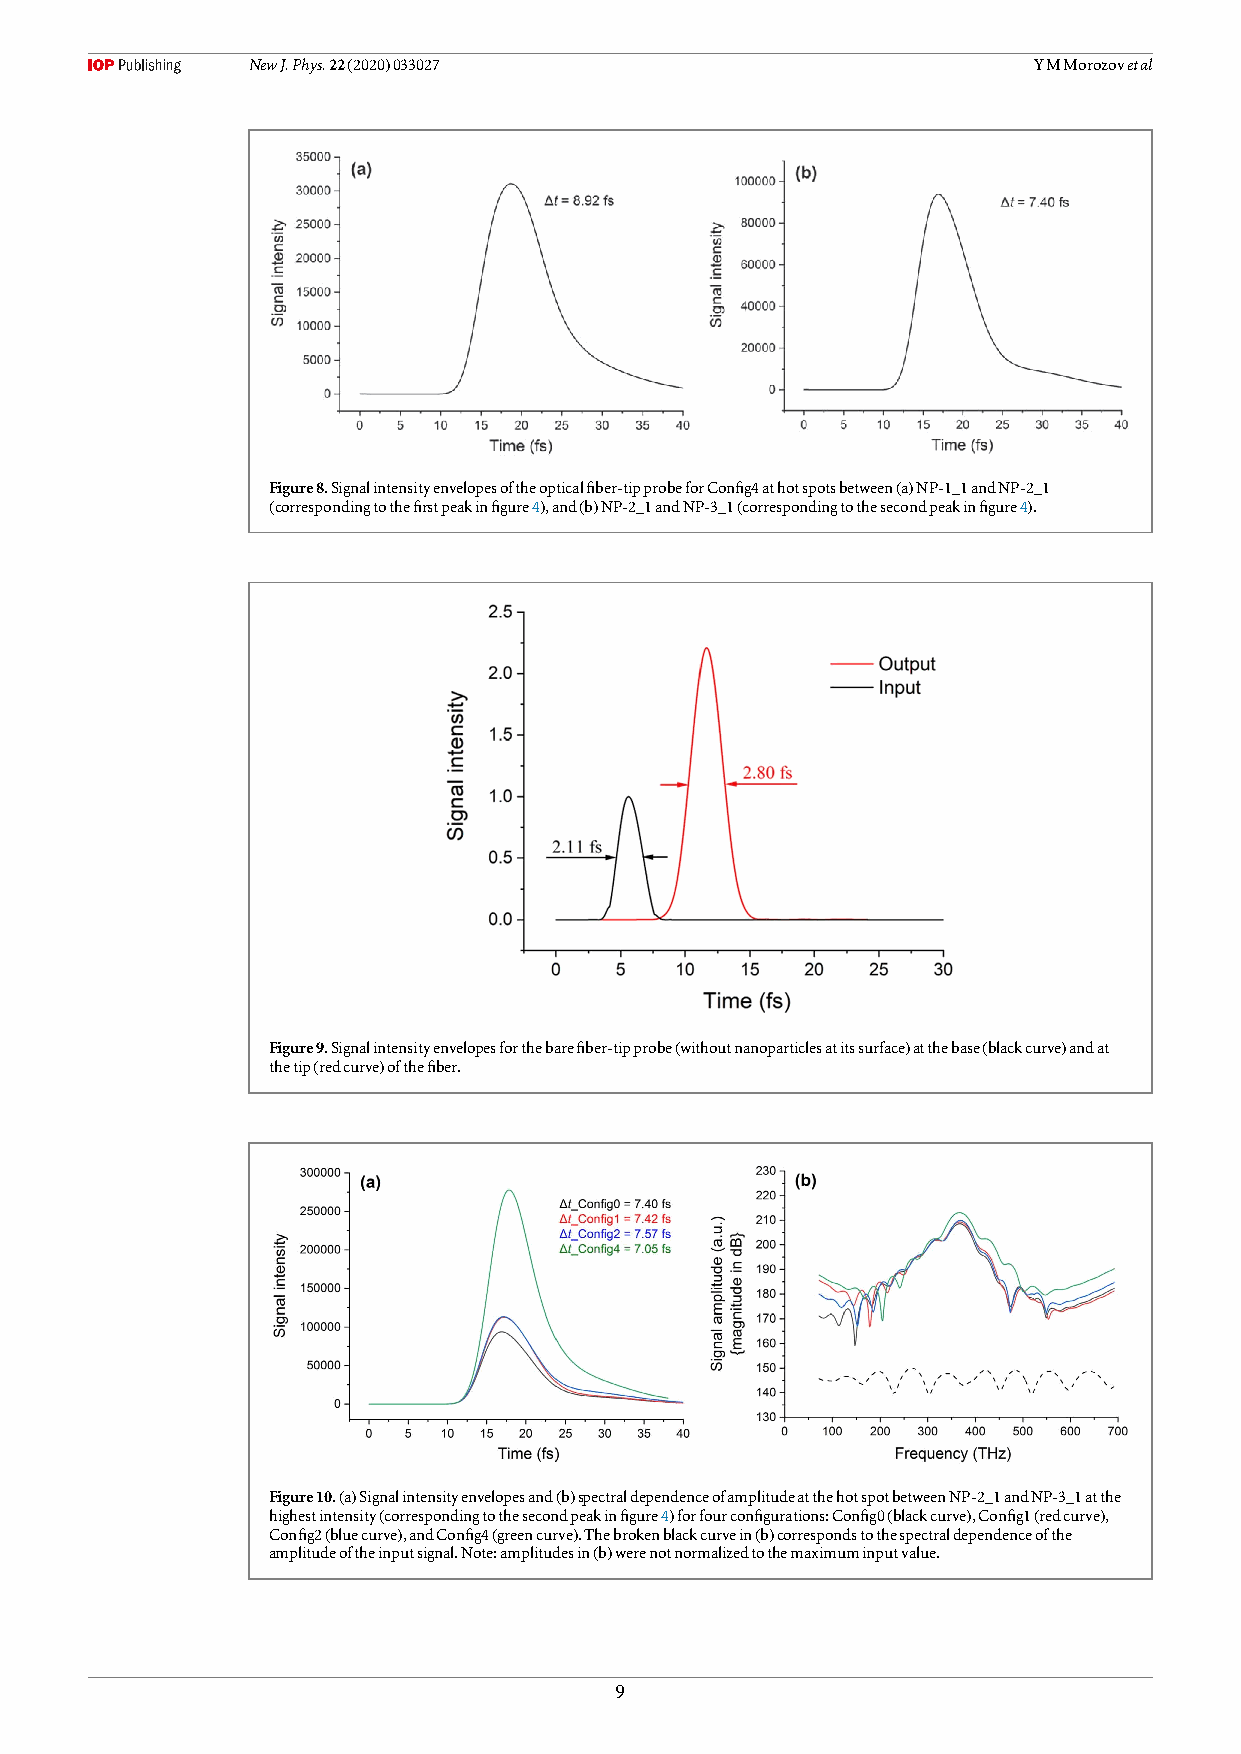
NewJ.Phys.22(2020)033027                            YMMorozovetal
 Figure8.Signalintensityenvelopesoftheopticalfiber-tipprobeforConfig4athotspotsbetween(a)NP-1_1andNP-2_1
 (correspondingtothefirstpeakinfigure4),and(b)NP-2_1andNP-3_1(correspondingtothesecondpeakinfigure4).
 Figure9.Signalintensityenvelopesforthebarefiber-tipprobe(withoutnanoparticlesatitssurface)atthebase(blackcurve)andat
 thetip(redcurve)ofthefiber.
 Figure10.(a)Signalintensityenvelopesand(b)spectraldependenceofamplitudeatthehotspotbetweenNP-2_1andNP-3_1atthe
 highestintensity(correspondingtothesecondpeakinfigure4)forfourconfigurations:Config0(blackcurve),Config1(redcurve),
 Config2(bluecurve),andConfig4(greencurve).Thebrokenblackcurvein(b)correspondstothespectraldependenceofthe
 amplitudeoftheinputsignal.Note:amplitudesin(b)werenotnormalizedtothemaximuminputvalue.
 9